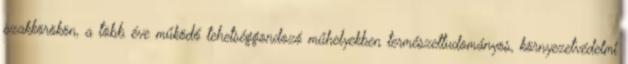
szakkörökön, a több éve működő tehetséggondozó műhelyekben természettudományos, környezetvédelmi